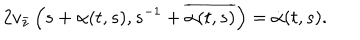
2 v _ { \bar { z } } \left( s + \alpha ( t , s ) , s ^ { - 1 } + \overline { { { \alpha ( t , s ) } } } \right) = \dot { \alpha } ( t , s ) .